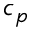
c _ { p }